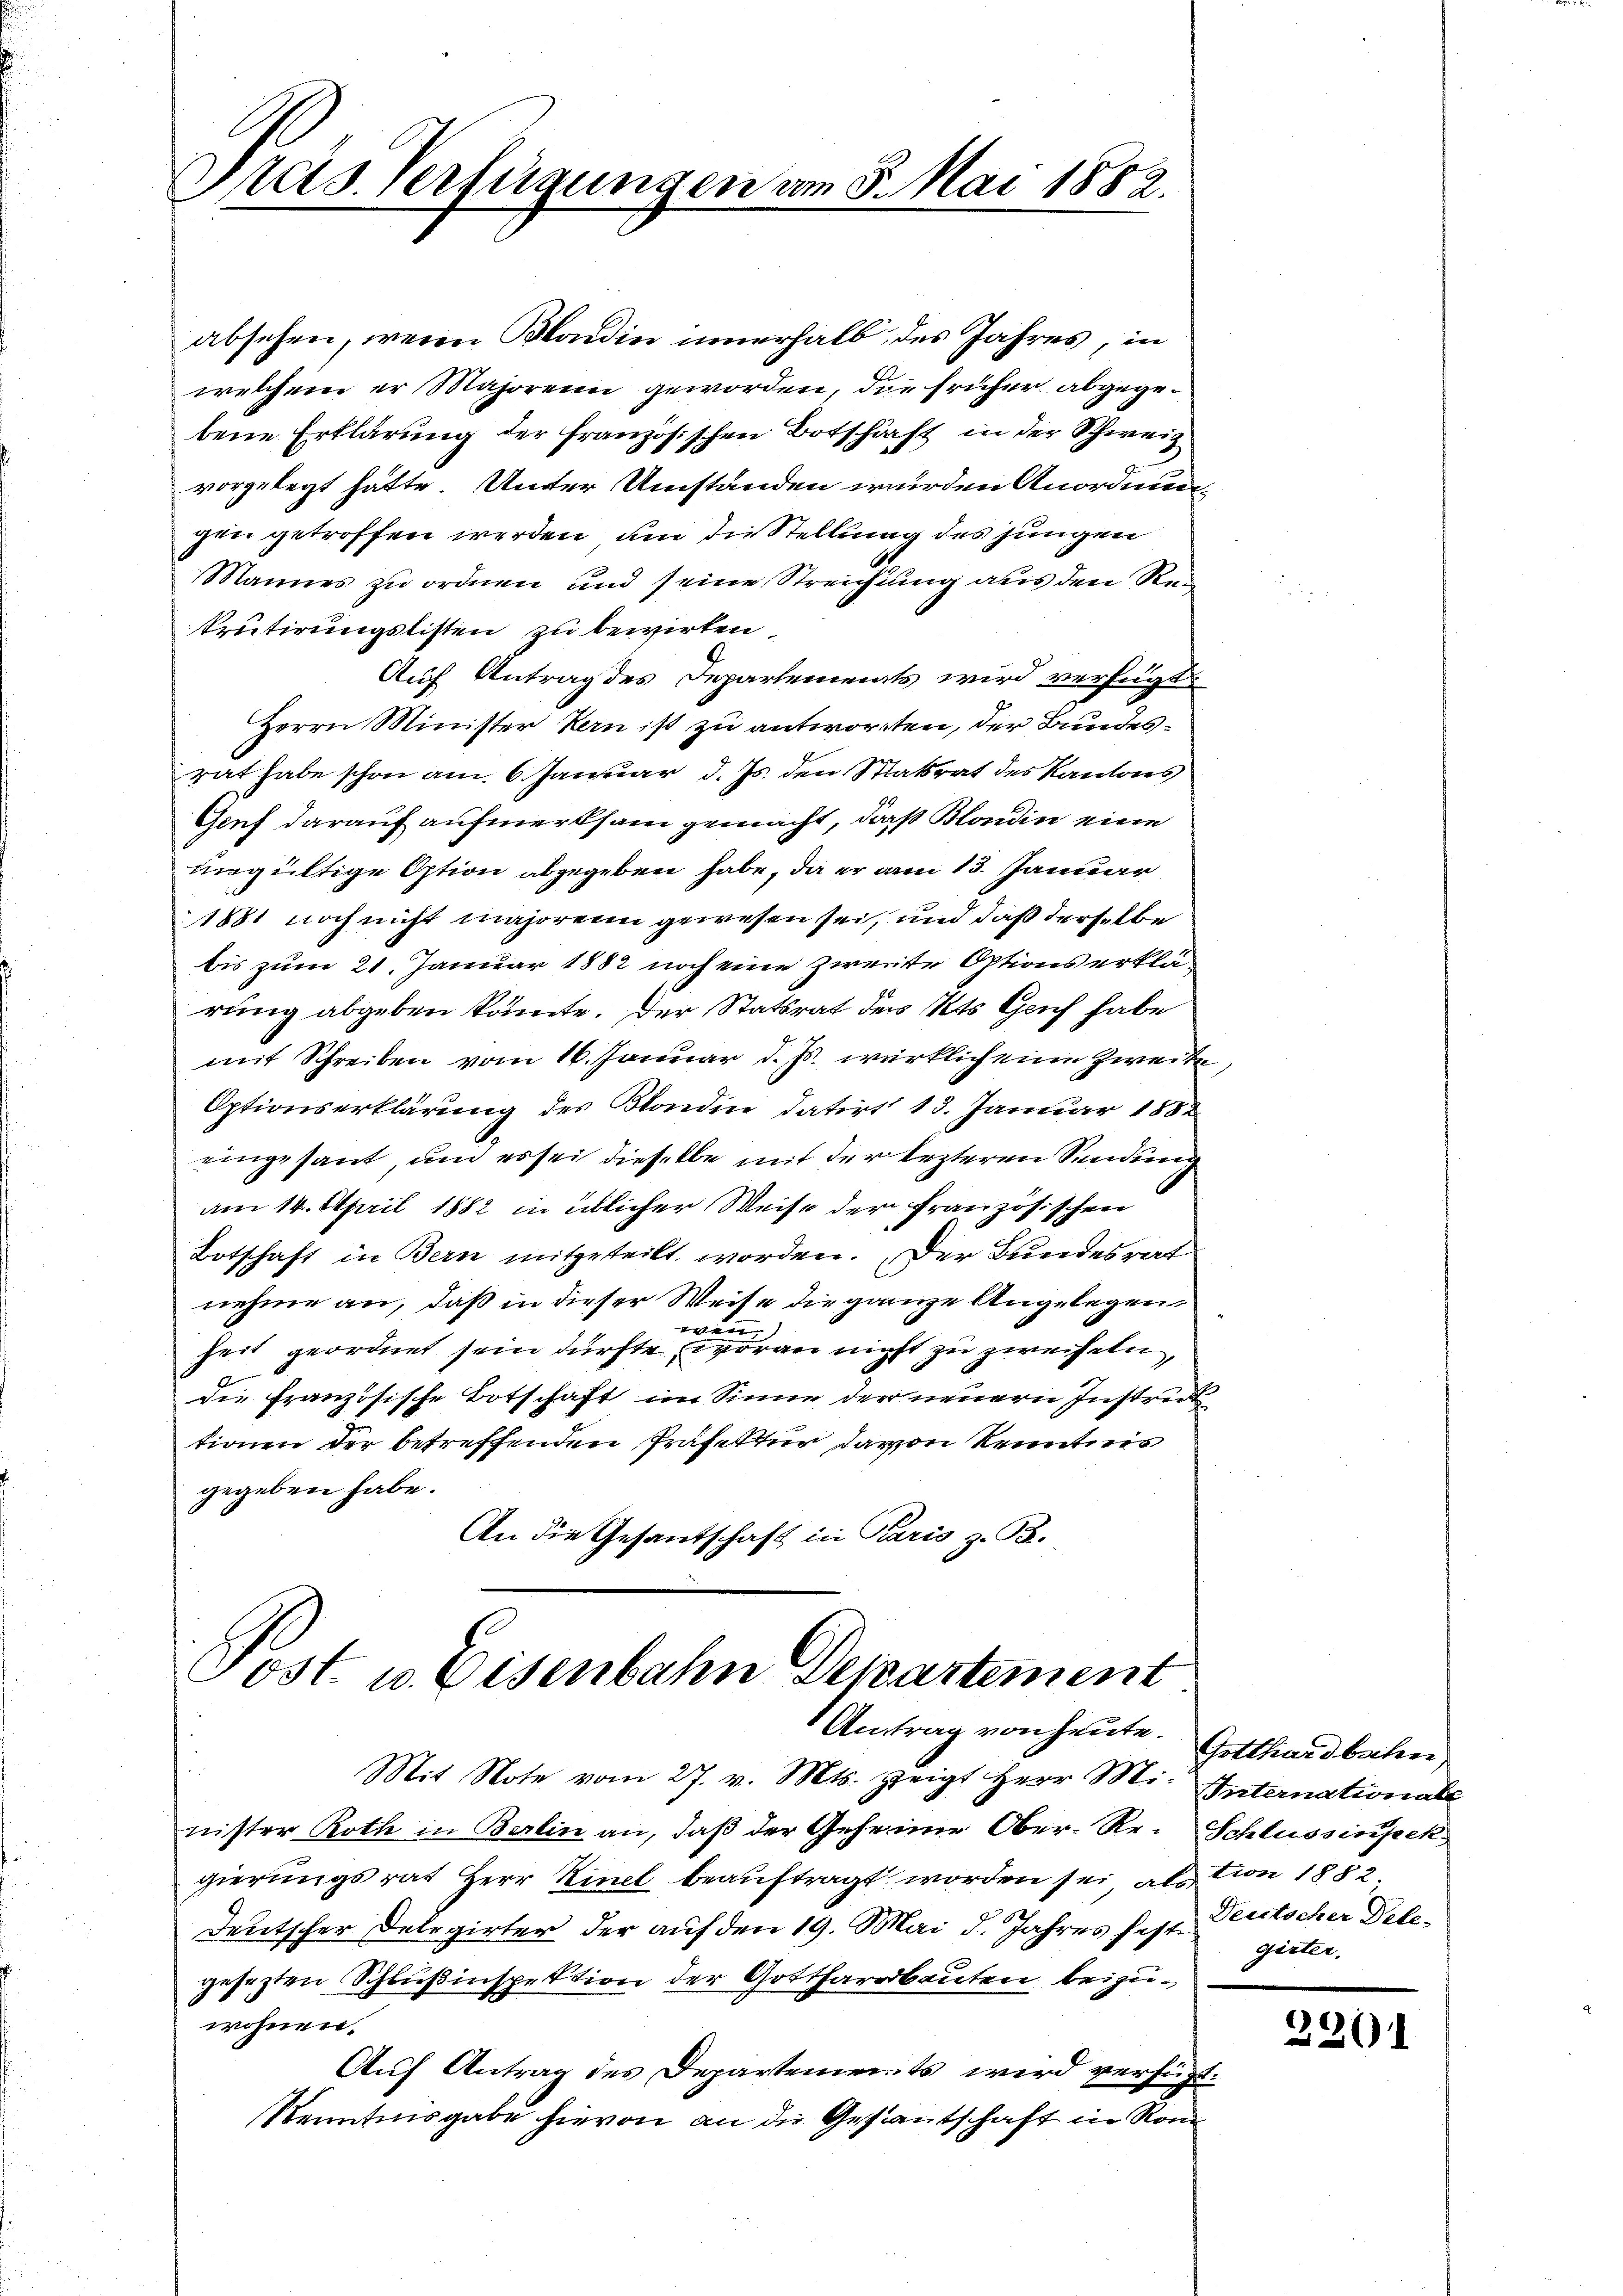
absehen, wenn Mladin innerhalb des Jahres, in
welchem er Majorenn geworden, die früher abgegebene Erklärung der französischen Botschäft in der Schweiz
vorgelegt hätte. Unter Umständen wurden Anordnungen getroffen werden, um die Stellung des jungen
Mannes zu ordnen und seine Streichung aus den Rei
Prutirungslisten zu bewirken
Auf Antrag des Departements wird verfügt
Herrn Minister Kern ist zu antworten, der Bundesrat habe schon am 6. Januar d. Js. den Staatsrat des Kantons
Genf darauf aufmerksam gemacht, daß Blondin eine
ungültige Option abgegeben habe, da er am 13. Januar
1881 noch nicht majorenn gewesen sei, und daß derselbe
bis zum 21. Januar 1882 noch eine zweite Options erklärung abgeben könnte. Der Statsrat des Kts. Genf habe
mit Schreiben vom 16. Januar d. Js. wirklich eine Zweite
Optionserklärung des Blondin datirt 13. Januar 1882
eingesant, um es sei dieselbe mit der lezteren Sendung
am 14. April 1882 in üblicher Weise der Französischen
Botschaft in Bern mitgeteilt worden. Der Bundesrat
nehme an, daß in dieser Weise die ganze Angelegen,
heit geordnet sein dürfte voran nicht zu zweifeln,
die französische Botschaft im Sinne der neuern Instruct
tionen der betreffenden Präfektur davon Kenntnis
gegeben habe.
An die Gesandschaft in Paris z. B.

Präs. Verfügungen am 5. Mai 1882.

Post u. Eisenbahn Departement
Antrag von heute. Gotthardbahn

i
Mit Note vom 27. v. Mts. zeigt Herr Mi. Internationale
nister Roth in Berlin an, daß der Geheime Ober-Re-Schlussingek
gierungsrat Herr Kinel beauftragt worden sei, als von 1882
Deutscher Delegirter der auf den 19. Mai d. Jahres fest. Deutscher Delegesezten Schlußinspektion der Gotthardbauten beizuwohnen.
Auf Antrag des Departements wird verfügt:
Kenntnisgabe hievon an die Gestantschaft in Rom

gärter.

226